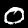
Digit: 0